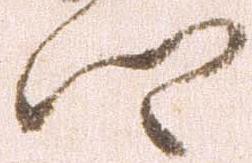
卿